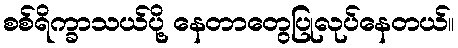
စစ်ရိက္ခာသယ်ပို့ နေတာတွေပြုလုပ်နေတယ်။